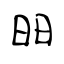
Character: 昍